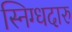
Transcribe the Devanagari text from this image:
स्निग्धदारु